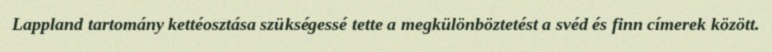
Lappland tartomány kettéosztása szükségessé tette a megkülönböztetést a svéd és finn címerek között.